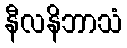
နီလနိဘာသံ